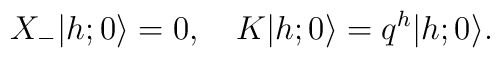
X_-\vert  h; 0\rangle =0,          \quad K\vert  h; 0\rangle = q^h \vert  h; 0\rangle.